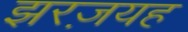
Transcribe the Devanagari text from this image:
झरज़यह